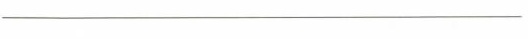
___